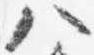
八